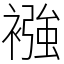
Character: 襁